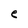
Character: e